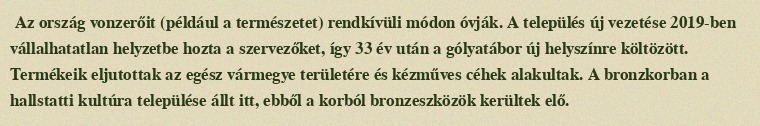
Az ország vonzerőit (például a természetet) rendkívüli módon óvják. A település új vezetése 2019-ben vállalhatatlan helyzetbe hozta a szervezőket, így 33 év után a gólyatábor új helyszínre költözött. Termékeik eljutottak az egész vármegye területére és kézműves céhek alakultak. A bronzkorban a hallstatti kultúra települése állt itt, ebből a korból bronzeszközök kerültek elő.